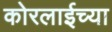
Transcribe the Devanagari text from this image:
कोरलाईच्या